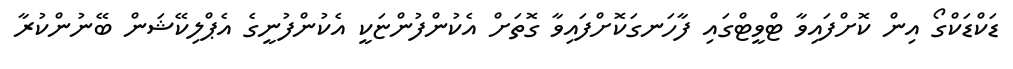
ޑަކްޑަކްގޯ އިން ކޮށްފައިވާ ޓްވީޓްގައި ފާހަނގަކޮށްފައިވާ ގޮތަށް އެކުންފުންޏަކީ އެކުންފުނީގެ އެޕްލިކޭޝަން ބޭނުންކުރާ